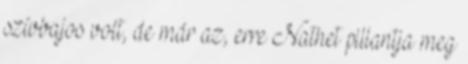
szívbajos volt, de már az, erre Nathet pillantja meg